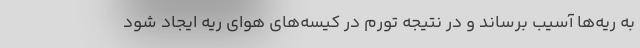
به ریه‌ها آسیب برساند و در نتیجه تورم در کیسه‌های هوای ریه ایجاد شود